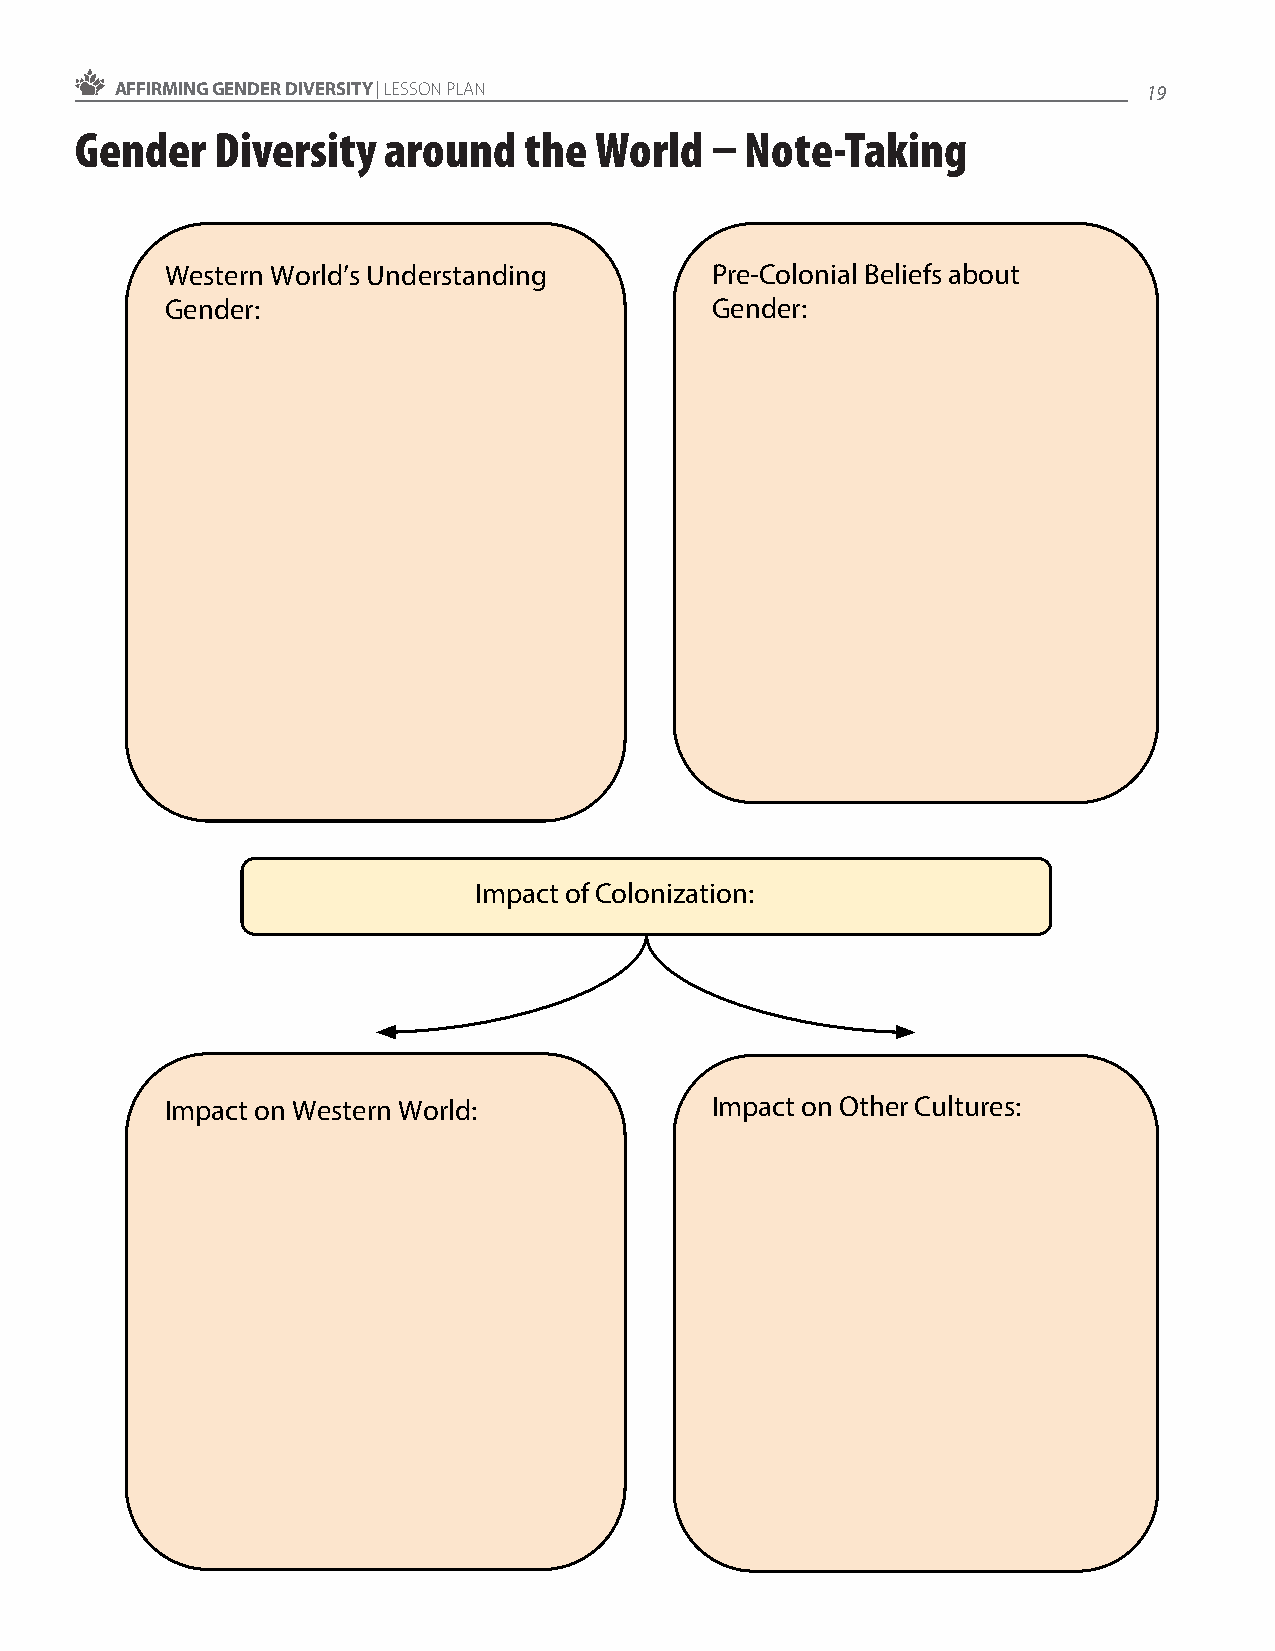
AFFIRMING GENDER DIVERSITY | LESSON PLAN                            19
 Gender   Diversity  around    the World   – Note-Taking
 Western World’s Understanding       Pre-Colonial Beliefs about
 Gender:                             Gender:
 Impact of Colonization:
 Impact on Western World:            Impact on Other Cultures: